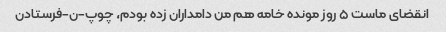
انقضای ماست ۵ روز مونده خامه هم من دامداران زده بودم، چوپ-ن-فرستادن